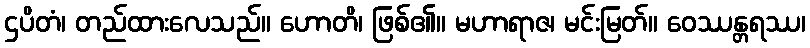
ဌပိတံ၊ တည်ထားလေသည်။ ဟောတိ၊ ဖြစ်၏။ မဟာရာဇ၊ မင်းမြတ်။ ဝေဿန္တရဿ၊